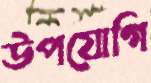
উপযোগি